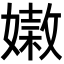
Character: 𡡵